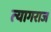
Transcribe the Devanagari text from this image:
त्‍यागराज